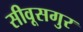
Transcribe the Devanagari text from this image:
सीवूसगुर